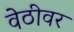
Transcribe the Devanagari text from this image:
वेठीवर